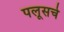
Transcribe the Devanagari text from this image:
पलूसचे